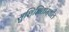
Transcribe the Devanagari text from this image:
सुशिक्षितांमधील